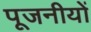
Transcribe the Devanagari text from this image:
पूजनीयों